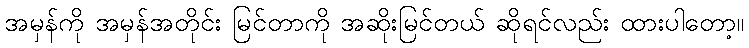
အမှန်ကို အမှန်အတိုင်း မြင်တာကို အဆိုးမြင်တယ် ဆိုရင်လည်း ထားပါတော့။